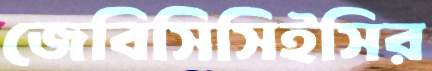
জেবিসিসিইসির